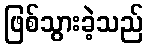
ဖြစ်သွားခဲ့သည်